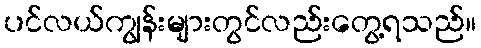
ပင်လယ်ကျွန်းများတွင်လည်းတွေ့ရသည်။